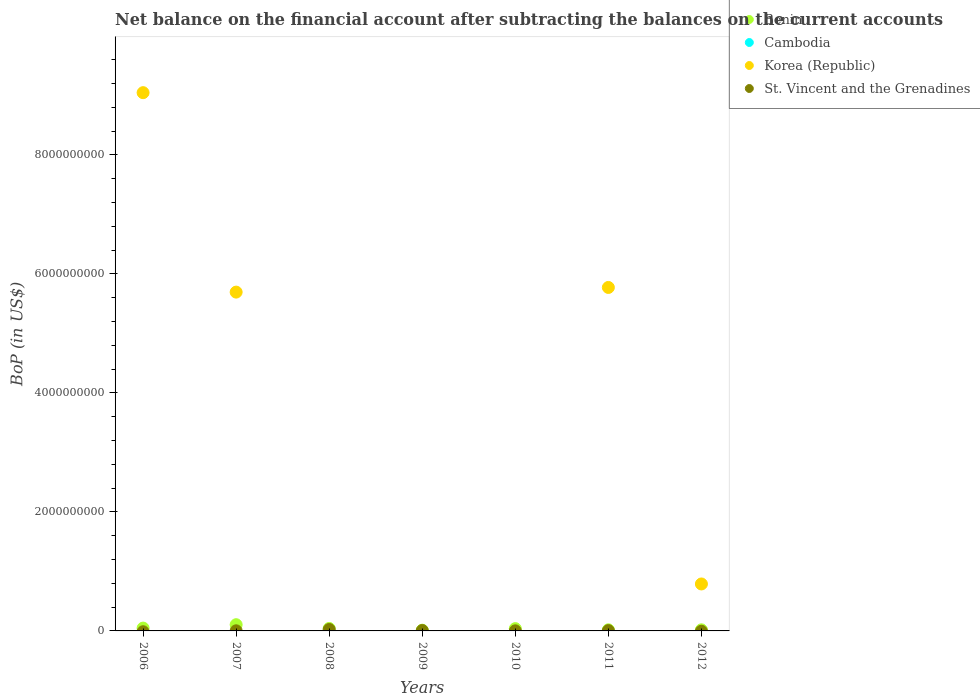
| Years | Benin | Cambodia | Korea (Republic) | St. Vincent and the Grenadines |
 | --- | --- | --- | --- | --- |
 | 2006 | 4.74e+07 | -6.56e+07 | 9.05e+09 | -1.38e+07 |
 | 2007 | 1.05e+08 | -4.29e+07 | 5.69e+09 | 2.05e+06 |
 | 2008 | 4.16e+07 | -4.51e+07 | -9.81e+09 | 2.42e+07 |
 | 2009 | 1.21e+07 | -2.33e+07 | -4.64e+09 | 6.35e+06 |
 | 2010 | 3.83e+07 | -2.66e+07 | -5.6e+09 | 1.79e+06 |
 | 2011 | 1.87e+07 | -4.74e+07 | 5.77e+09 | 5.15e+06 |
 | 2012 | 1.84e+07 | -4.28e+07 | 7.89e+08 | -5.39e+06 |